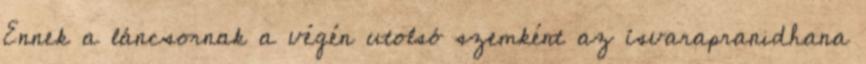
Ennek a láncsornak a végén utolsó szemként az ísvarapranidhana